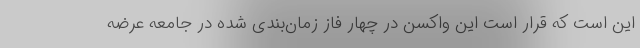
این است که قرار است این واکسن در چهار فاز زمان‌بندی شده در جامعه عرضه